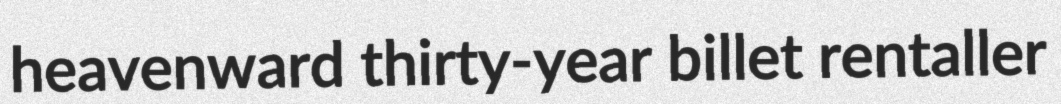
heavenward thirty-year billet rentaller